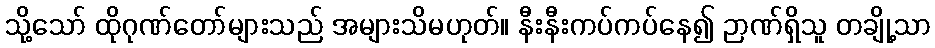
သို့သော် ထိုဂုဏ်တော်များသည် အများသိမဟုတ်။ နီးနီးကပ်ကပ်နေ၍ ဉာဏ်ရှိသူ တချို့သာ